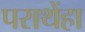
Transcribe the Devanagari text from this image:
पराथेंहा